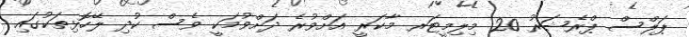
ޕަލްސް ޕްރެޝަރު 20 މިލިމީޓަރ މާކަރީ އަށްވުރެ ދަށްވުމަކީ ވެސް ކުދި ލޭހޮޅިތަކުގައި